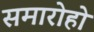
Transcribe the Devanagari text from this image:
समारोहो